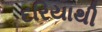
દરિયાથી